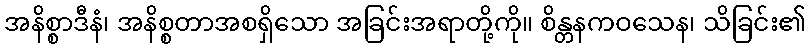
အနိစ္စာဒီနံ၊ အနိစ္စတာအစရှိသော အခြင်းအရာတို့ကို။ စိန္တနကဝသေန၊ သိခြင်း၏